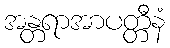
အန္တရာအာပတ္တီနံ